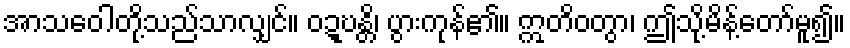
အာသဝေါတို့သည်သာလျှင်။ ဝဍ္ဎန္တိ၊ ပွားကုန်၏။ ဣတိဝတွာ၊ ဤသို့မိန့်တော်မူ၍။